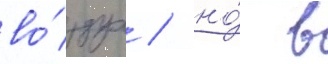
во́здух / но́ в